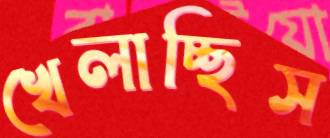
খেলাচ্ছিস